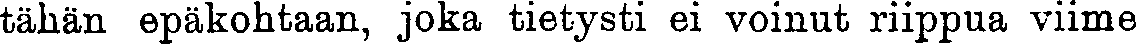
tähän epäkohtaan, joka tietysti ei voinut riippua viime